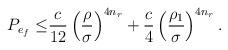
LaTeX: \begin{align*}P_{e_f}\le & \frac{c}{12}\left(\frac{\rho}{\sigma}\right)^{4n_{r}}+\frac{c}{4}\left(\frac{\rho_{1}}{\sigma}\right)^{4n_{r}}.\end{align*}